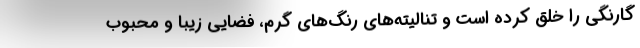
گارنگی را خلق کرده است و تنالیته‌های رنگ‌های گرم، فضایی زیبا و محبوب